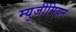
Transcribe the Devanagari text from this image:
म्युजीसियन